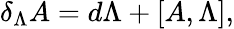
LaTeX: \delta_{\Lambda}A=d\Lambda+[A,\Lambda],